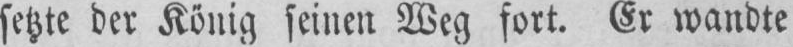
setzte der König seinen Weg fort. Er wandte